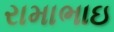
રામાભાઇ